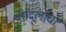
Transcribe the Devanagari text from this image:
तांदूलाचा